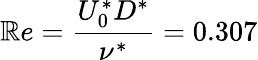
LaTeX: \mathbb{R}e=\frac{{U_{0}^{*}D^{*}}}{{\nu^{*}}}=0.307